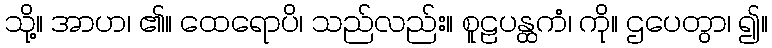
သို့။ အာဟ၊ ၏။ ထေရောပိ၊ သည်လည်း။ စူဠပန္ထကံ၊ ကို။ ဌပေတွာ၊ ၍။